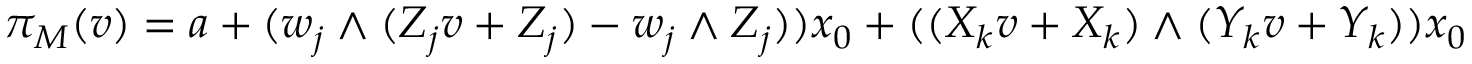
\pi _ { M } ( v ) = a + ( w _ { j } \wedge ( Z _ { j } v + Z _ { j } ) - w _ { j } \wedge Z _ { j } ) ) x _ { 0 } + ( ( X _ { k } v + X _ { k } ) \wedge ( Y _ { k } v + Y _ { k } ) ) x _ { 0 }